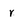
Character: r